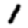
Digit: 1